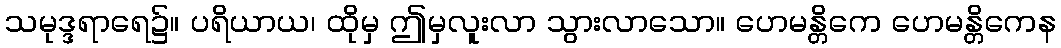
သမုဒ္ဒရာရေ၌။ ပရိယာယ၊ ထိုမှ ဤမှလူးလာ သွားလာသော။ ဟေမန္တိကေ ဟေမန္တိကေန